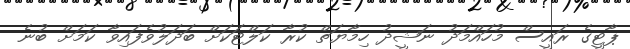
ޕާޓީގެ ރައީސް މުހައްމަދު ނަޝީދު ހިމާޔަތް ކުރާ ކަލްޓަކަށް ބަދަލުވެފައިވާ ކަމަށް ބުނެ